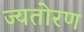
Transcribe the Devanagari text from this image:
ज्यतोरण